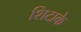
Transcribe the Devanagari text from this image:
शिटाके